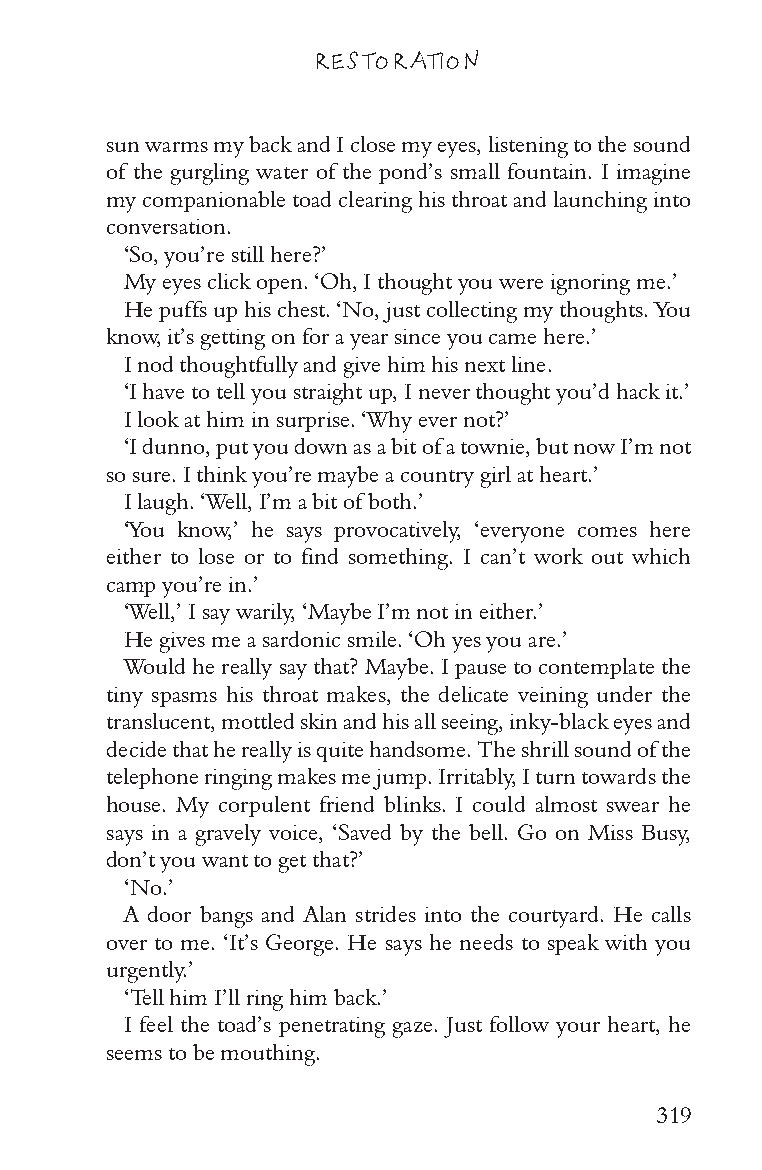
RESTORATION
 sun warms my back and I close my eyes, listening to the sound
 of the gurgling water of the pond’s small fountain. I imagine
 my companionable toad clearing his throat and launching into
 conversation.
 ‘So, you’re still here?’
 My eyes click open. ‘Oh, I thought you were ignoring me.’
 He puffs up his chest. ‘No, just collecting my thoughts. You
 know, it’s getting on for a year since you came here.’
 I nod thoughtfully and give him his next line.
 ‘I have to tell you straight up, I never thought you’d hack it.’
 I look at him in surprise. ‘Why ever not?’
 ‘I dunno, put you down as a bit of a townie, but now I’m not
 so sure. I think you’re maybe a country girl at heart.’
 I laugh. ‘Well, I’m a bit of both.’
 ‘You know,’ he says provocatively, ‘everyone comes here
 either to lose or to find something. I can’t work out which
 camp you’re in.’
 ‘Well,’ I say warily, ‘Maybe I’m not in either.’
 He gives me a sardonic smile. ‘Oh yes you are.’
 Would he really say that? Maybe. I pause to contemplate the
 tiny spasms his throat makes, the delicate veining under the
 translucent, mottled skin and his all seeing, inky-black eyes and
 decide that he really is quite handsome. The shrill sound of the
 telephone ringing makes me jump. Irritably, I turn towards the
 house. My corpulent friend blinks. I could almost swear he
 says in a gravely voice, ‘Saved by the bell. Go on Miss Busy,
 don’t you want to get that?’
 ‘No.’
 A door bangs and Alan strides into the courtyard. He calls
 over to me. ‘It’s George. He says he needs to speak with you
 urgently.’
 ‘Tell him I’ll ring him back.’
 I feel the toad’s penetrating gaze. Just follow your heart, he
 seems to be mouthing.
 319